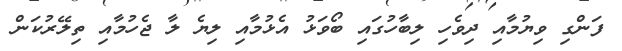
ފަންގި ވިޔުމާއި ދިވެހި ލިބާހުގައި ބޯވަޅު އެޅުމާއި ލިޔެ ލާ ޖެހުމާއި ތިލޭރުކަން